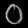
Digit: ၀